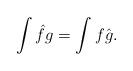
LaTeX: \begin{align*}{\displaystyle \int \hat{f}g=\int f\hat{g}}.\end{align*}